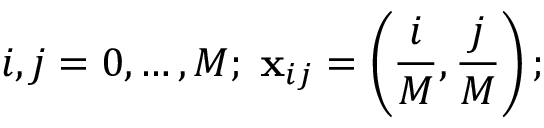
i , j = 0 , \ldots , M ; \; { \bf x } _ { i j } = \left( \frac { i } { M } , \frac { j } { M } \right) ;